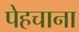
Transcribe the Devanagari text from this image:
पेहचाना